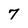
Character: 7